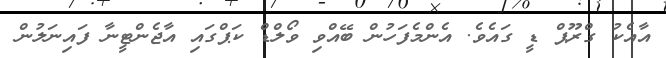
އާއެކު ގްރޫޕް ޑީ ގައެވެ. އެންމެފަހުން ބޭއްވި ވޯލްޑް ކަޕްގައި އާޖެންޓީނާ ފައިނަލުން